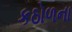
કઠોળના